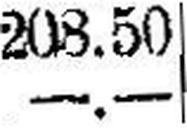
—.—